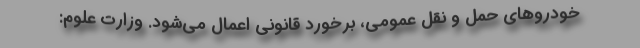
خودروهای حمل و نقل عمومی، برخورد قانونی اعمال می‌شود. وزارت علوم: